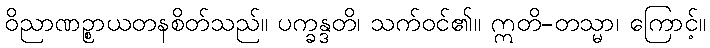
ဝိညာဏဉ္စာယတနစိတ်သည်။ ပက္ခန္ဒတိ၊ သက်ဝင်၏။ ဣတိ-တသ္မာ၊ ကြောင့်။